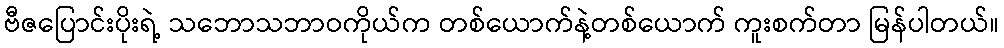
ဗီဇပြောင်းပိုးရဲ့ သဘောသဘာဝကိုယ်က တစ်ယောက်နဲ့တစ်ယောက် ကူးစက်တာ မြန်ပါတယ်။